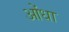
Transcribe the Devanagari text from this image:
ओंधा